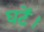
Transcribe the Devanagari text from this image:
घटें।